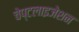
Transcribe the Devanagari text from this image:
चेप्टलाइजेशन